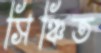
সিঞ্চিত